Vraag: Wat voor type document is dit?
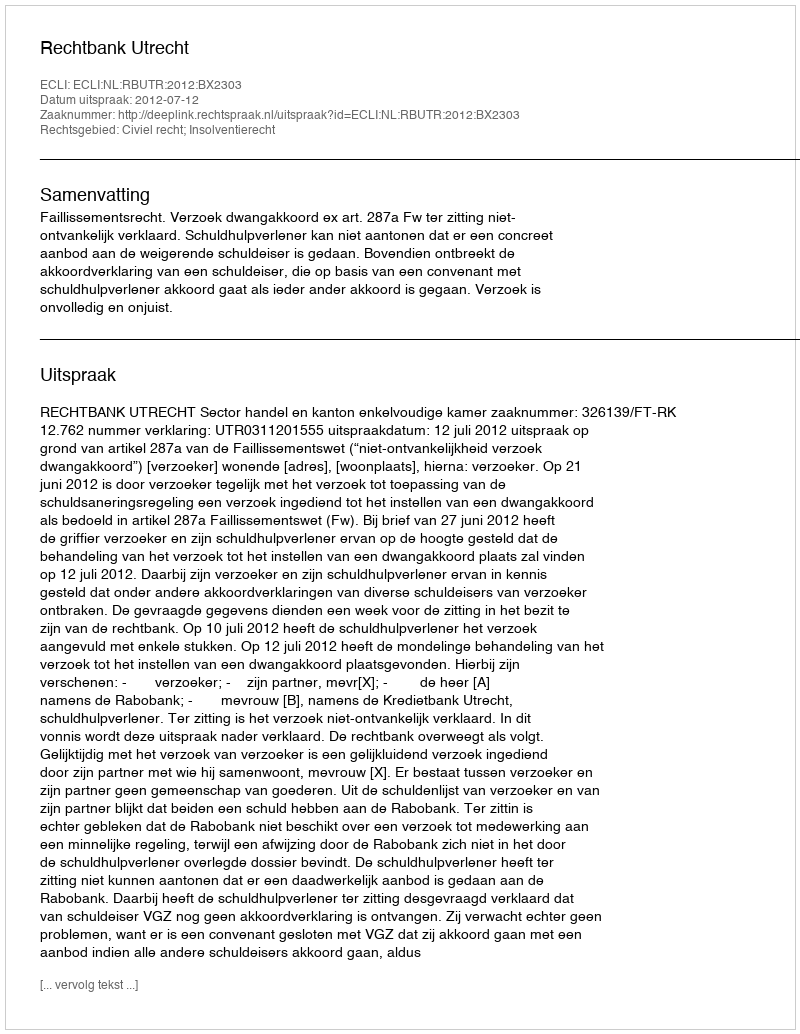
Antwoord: Uitspraak